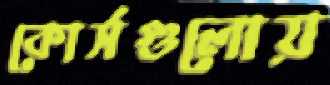
কোর্সগুলোয়